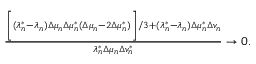
\begin{array} { r } { \frac { \biggr [ ( \lambda _ { n } ^ { * } - \lambda _ { n } ) \Delta \mu _ { n } \Delta \mu _ { n } ^ { * } ( \Delta \mu _ { n } - 2 \Delta \mu _ { n } ^ { * } ) \biggr ] / 3 + ( \lambda _ { n } ^ { * } - \lambda _ { n } ) \Delta \mu _ { n } ^ { * } \Delta v _ { n } } { \lambda _ { n } ^ { * } \Delta \mu _ { n } \Delta v _ { n } ^ { * } } \to 0 . } \end{array}